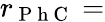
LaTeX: r_{\mathrm{~P~h~C~}}=